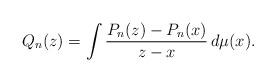
LaTeX: \begin{align*}Q_{n}(z)=\int\frac{P_{n}(z)-P_{n}(x)}{z-x}\,d\mu(x).\end{align*}